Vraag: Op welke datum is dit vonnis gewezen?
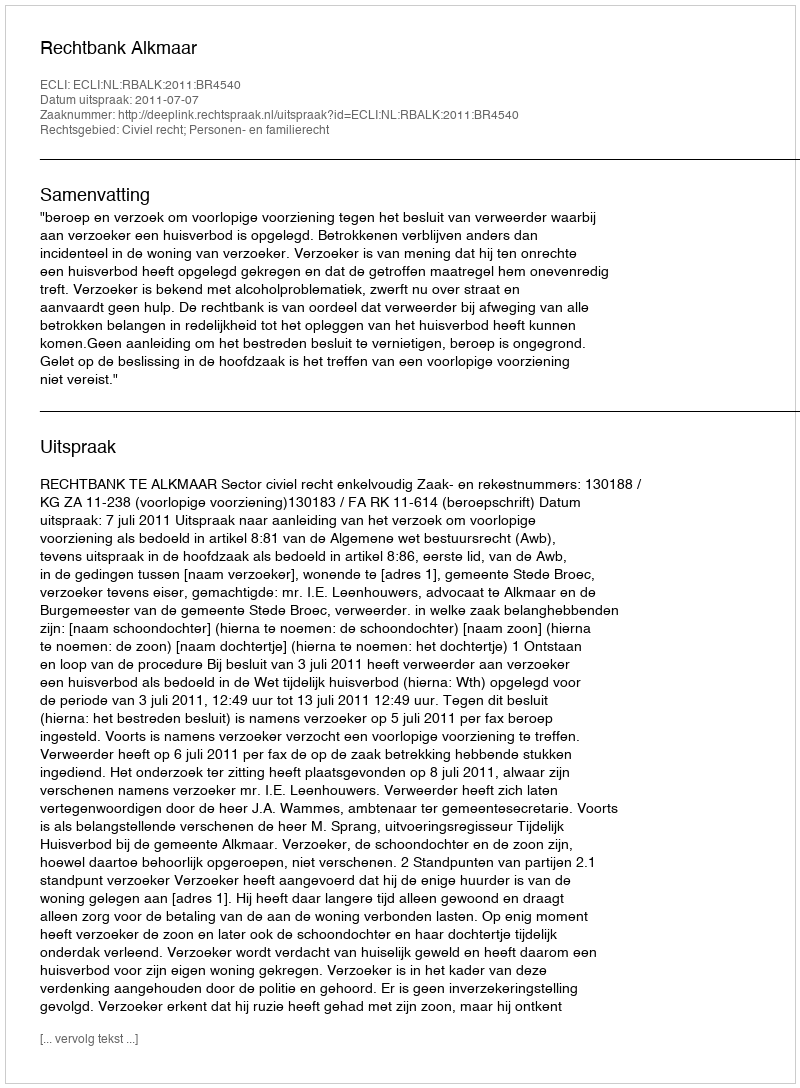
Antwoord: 2011-07-07